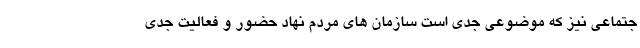
جتماعی نیز که موضوعی جدی است سازمان های مردم نهاد حضور و فعالیت جدی